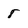
Character: 8